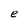
Character: e